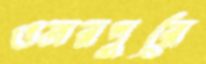
ওমরপুরে